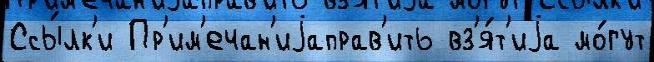
Ссы́лк'и Пр'им'ечан'иjаправ'ить вз'я́т'иjа мо́гут